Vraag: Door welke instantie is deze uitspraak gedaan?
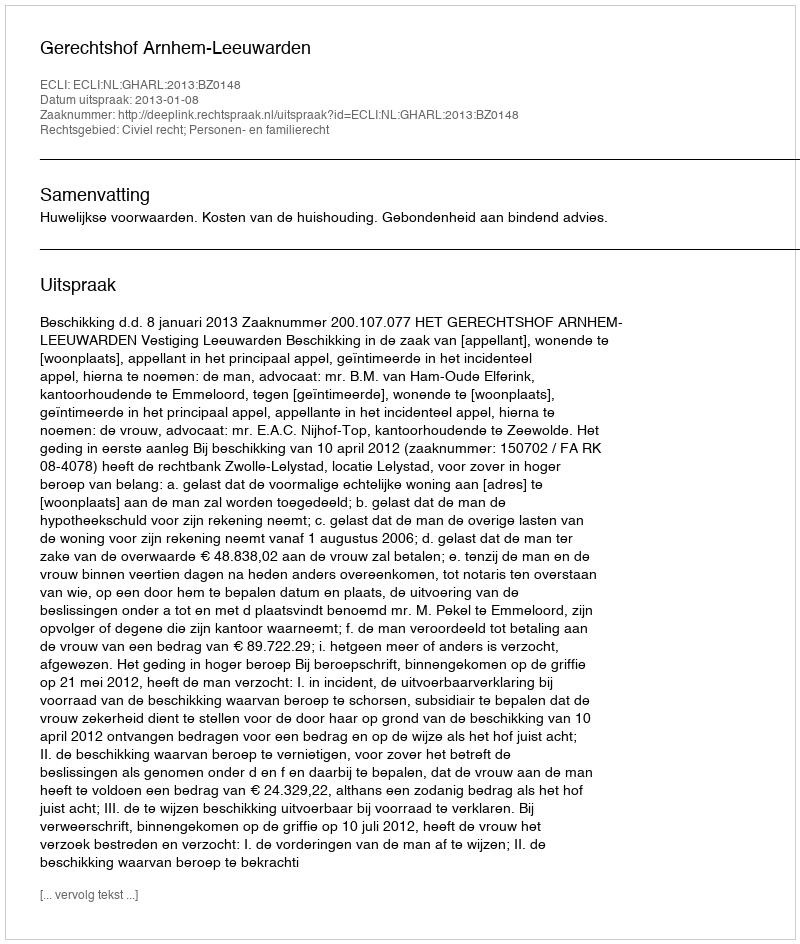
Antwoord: Gerechtshof Arnhem-Leeuwarden